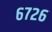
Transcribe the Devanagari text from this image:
६७२६